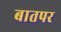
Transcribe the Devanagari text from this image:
बातपर